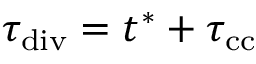
\tau _ { \mathrm { d i v } } = t ^ { \ast } + \tau _ { \mathrm { c c } }